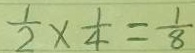
\frac { 1 } { 2 } \times \frac { 1 } { 4 } = \frac { 1 } { 8 }